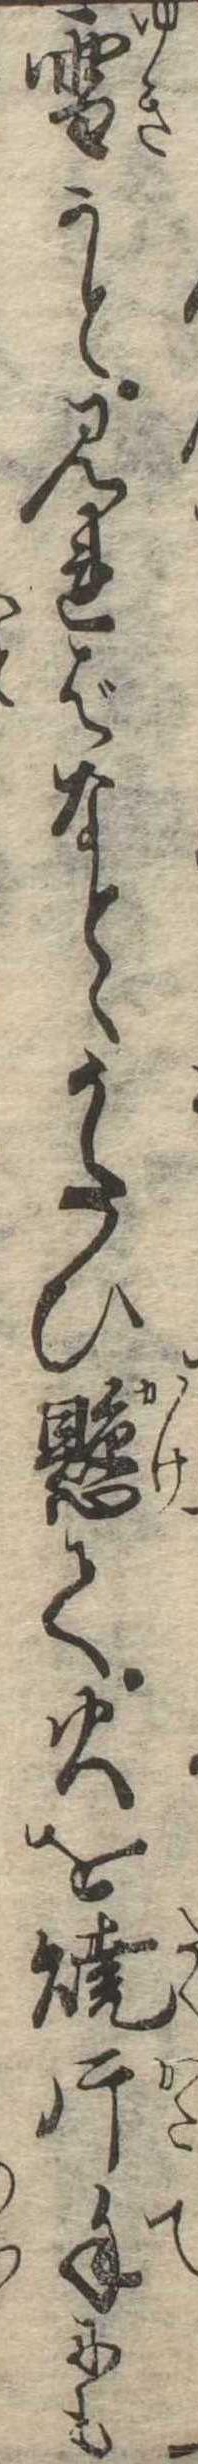
雪かと見ればなとゝうたひ懸て火を焼片手にも